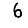
Digit: 6